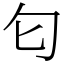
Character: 匂